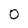
Character: 0